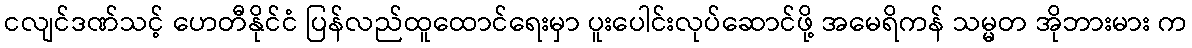
ငလျင်ဒဏ်သင့် ဟေတီနိုင်ငံ ပြန်လည်ထူထောင်ရေးမှာ ပူးပေါင်းလုပ်ဆောင်ဖို့ အမေရိကန် သမ္မတ အိုဘားမား က